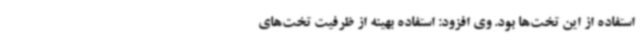
استفاده از این تخت‌ها بود. وی افزود: استفاده بهینه از ظرفیت تخت‌های